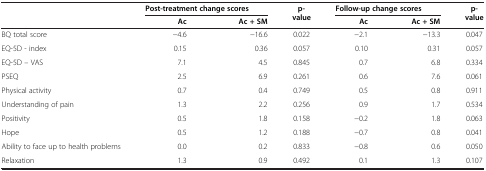
<table><thead><tr><td><b> </b></td><td colspan="2"><b>Post-treatment change scores</b></td><td><b>p-value</b></td><td colspan="2"><b>Follow-up change scores</b></td><td><b>p-value</b></td></tr><tr><td><b> </b></td><td><b>Ac</b></td><td><b>Ac + SM</b></td><td><b> </b></td><td><b>Ac</b></td><td><b>Ac + SM</b></td><td><b> </b></td></tr></thead><tbody><tr><td>BQ total score</td><td>-4.6</td><td>-16.6</td><td>0.022</td><td>-2.1</td><td>-13.3</td><td>0.047</td></tr><tr><td>EQ-5D - index</td><td>0.15</td><td>0.36</td><td>0.057</td><td>0.10</td><td>0.31</td><td>0.057</td></tr><tr><td>EQ-5D – VAS</td><td>7.1</td><td>4.5</td><td>0.845</td><td>0.7</td><td>6.8</td><td>0.334</td></tr><tr><td>PSEQ</td><td>2.5</td><td>6.9</td><td>0.261</td><td>0.6</td><td>7.6</td><td>0.061</td></tr><tr><td>Physical activity</td><td>0.7</td><td>0.4</td><td>0.749</td><td>0.5</td><td>0.8</td><td>0.911</td></tr><tr><td>Understanding of pain</td><td>1.3</td><td>2.2</td><td>0.256</td><td>0.9</td><td>1.7</td><td>0.534</td></tr><tr><td>Positivity</td><td>0.5</td><td>1.8</td><td>0.158</td><td>-0.2</td><td>1.8</td><td>0.063</td></tr><tr><td>Hope</td><td>0.5</td><td>1.2</td><td>0.188</td><td>-0.7</td><td>0.8</td><td>0.041</td></tr><tr><td>Ability to face up to health problems</td><td>0.0</td><td>0.2</td><td>0.833</td><td>-0.8</td><td>0.6</td><td>0.050</td></tr><tr><td>Relaxation</td><td>1.3</td><td>0.9</td><td>0.492</td><td>0.1</td><td>1.3</td><td>0.107</td></tr></tbody></table>